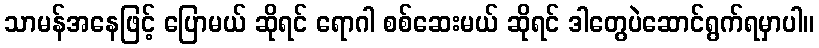
သာမန်အနေဖြင့် ပြောမယ် ဆိုရင် ရောဂါ စစ်ဆေးမယ် ဆိုရင် ဒါတွေပဲဆောင်ရွက်ရမှာပါ။